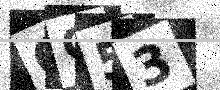
Text: OO53